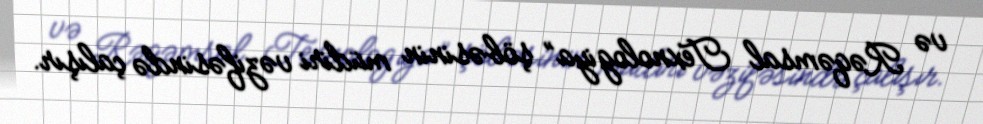
və Rəqəmsal Texnologiya” şöbəsinin müdiri vəzifəsində çalışır.